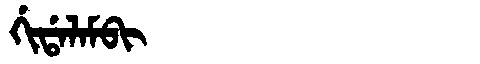
Manchu: ᡤᡳᡩᠠᠯᠠᠮᠪᡳ
Romanization: GIDALAMBI